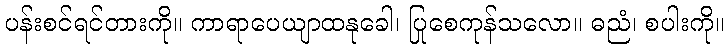
ပန်းစင်ရင်တားကို။ ကာရာပေယျာထနုခေါ၊ ပြုစေကုန်သလော။ ဓညံ၊ စပါးကို။